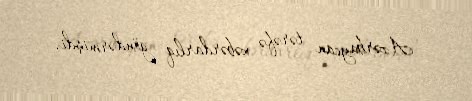
Azərbaycan tərəfə xəbərdarlıq göndərmişdi.